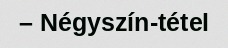
– Négyszín-tétel